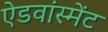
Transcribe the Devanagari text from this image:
ऐडवांस्मेंट